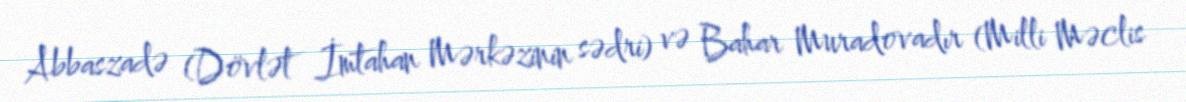
Abbaszadə (Dövlət İmtahan Mərkəzinin sədri) və Bahar Muradovadır (Milli Məclis